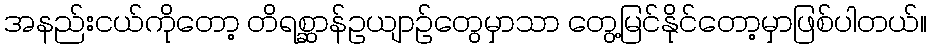
အနည်းငယ်ကိုတော့ တိရစ္ဆာန်ဥယျာဉ်တွေမှာသာ တွေ့မြင်နိုင်တော့မှာဖြစ်ပါတယ်။